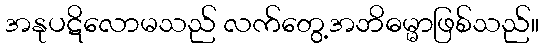
အနုပဋိလောမသည် လက်တွေ့အဘိဓမ္မာဖြစ်သည်။